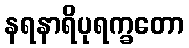
နရနာရိပုရက္ခတော